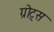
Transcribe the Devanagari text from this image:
ग्रोट्स